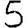
Digit: 5